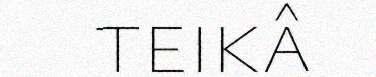
teikâ